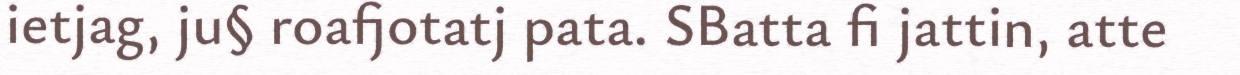
ietjag, ju§ roafjotatj pata. SBatta fi jattin, atte